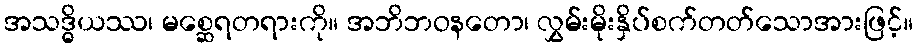
အသဒ္ဓိယဿ၊ မစ္ဆေရတရားကို။ အဘိဘဝနတော၊ လွှမ်းမိုးနှိပ်စက်တတ်သောအားဖြင့်။